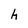
Character: h